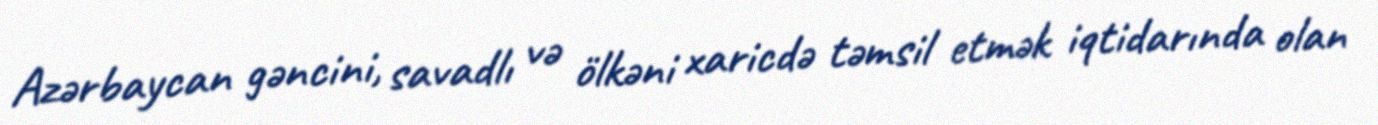
Azərbaycan gəncini, savadlı və ölkəni xaricdə təmsil etmək iqtidarında olan